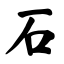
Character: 石